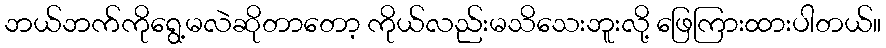
ဘယ်ဘက်ကိုရွေ့မလဲဆိုတာတော့ ကိုယ်လည်းမသိသေးဘူးလို့ ဖြေကြားထားပါတယ်။